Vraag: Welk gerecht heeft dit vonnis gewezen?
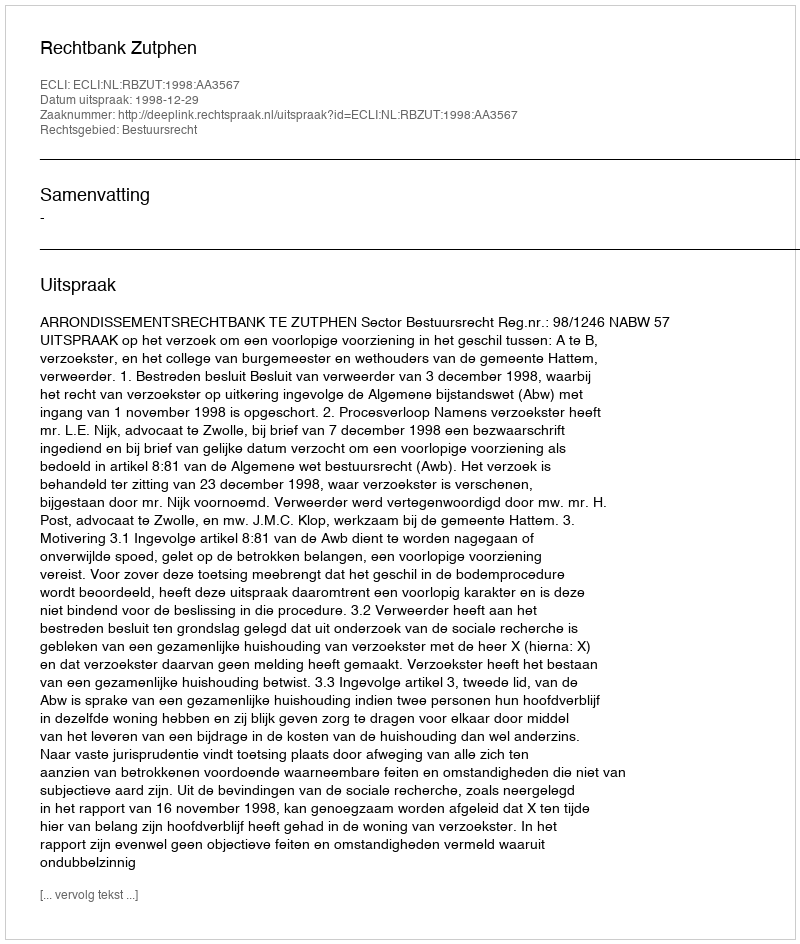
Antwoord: Rechtbank Zutphen